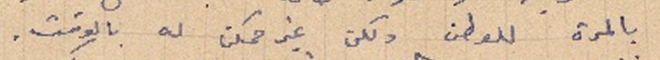
بالمرة للوطن ولكن غير ممكن له بالوقت.